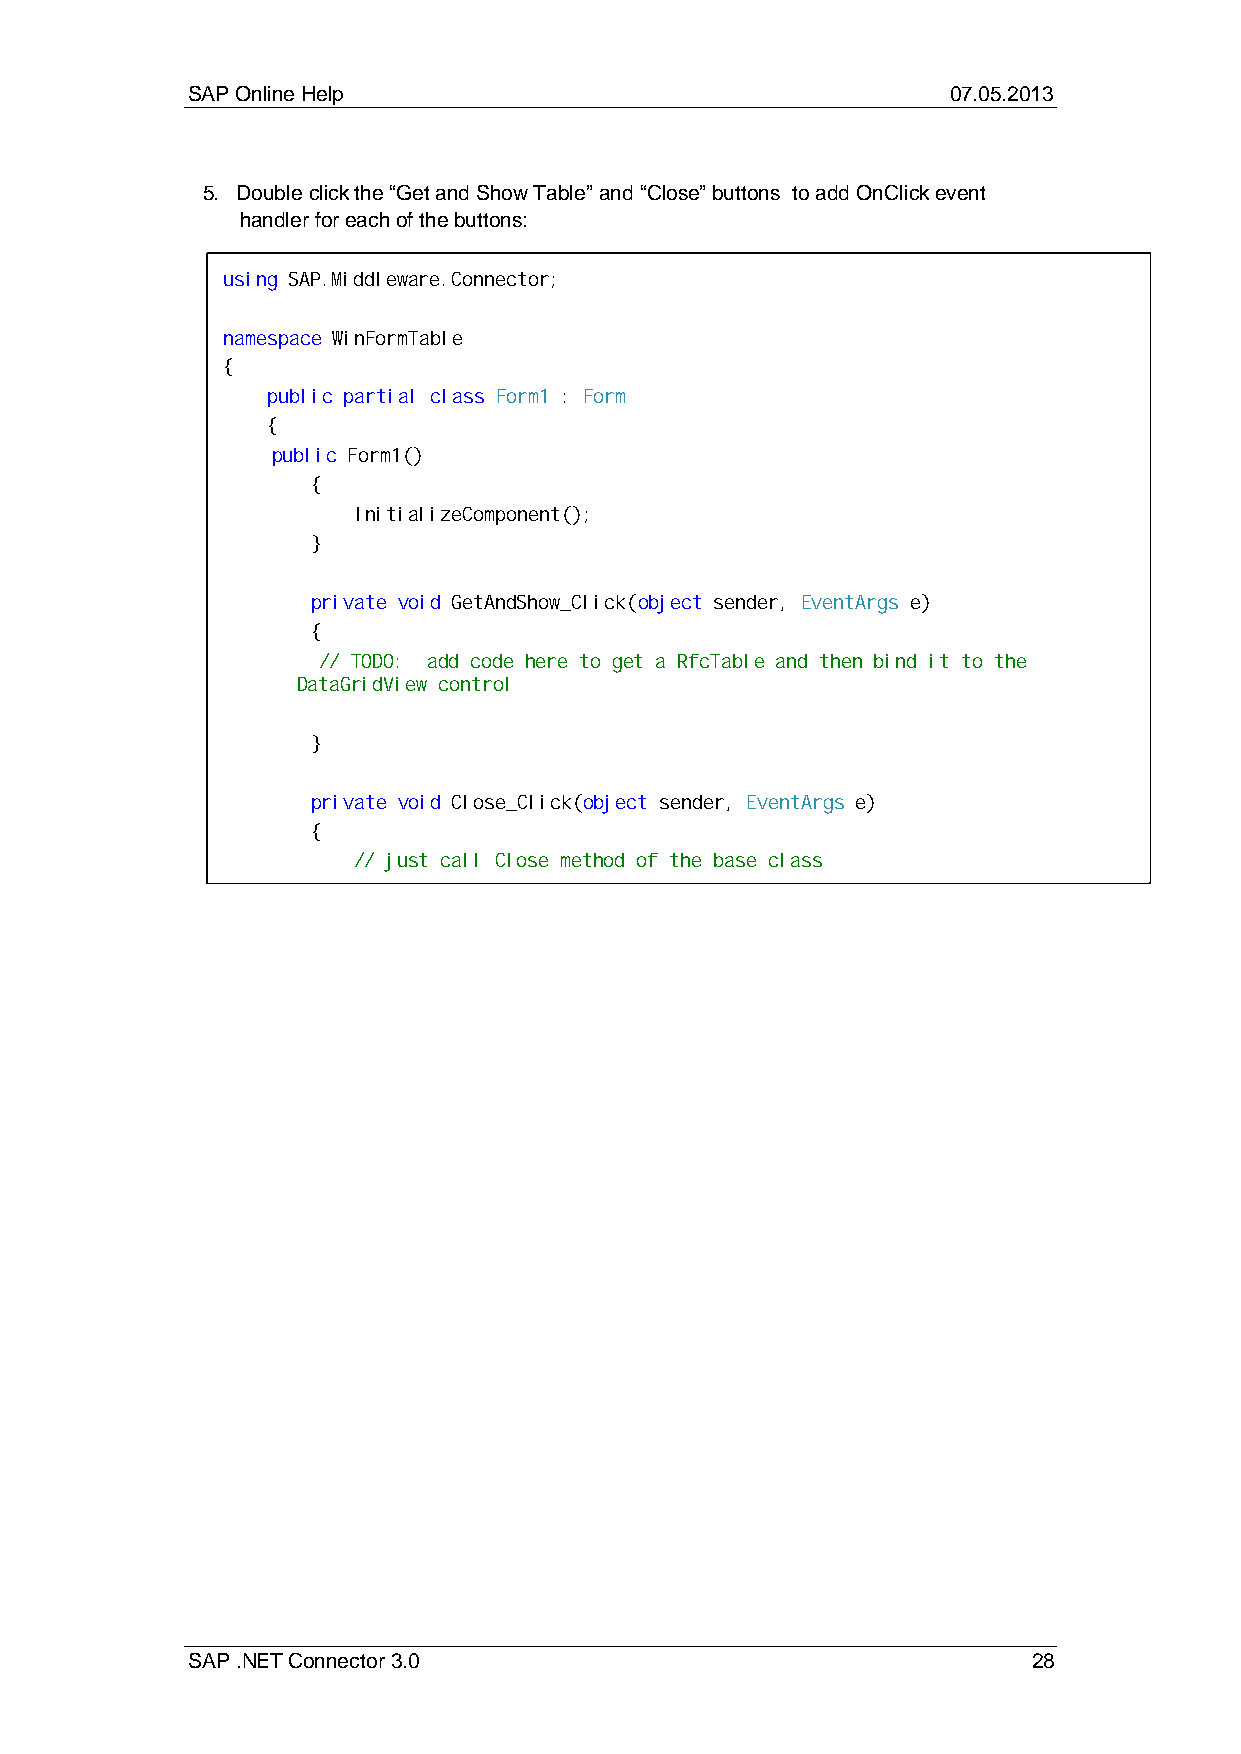
SAP Online Help                                    07.05.2013
 5. Double click the “Get and Show Table” and “Close” buttons to add OnClick event
 handler for each of the buttons:
 using SAP.Middleware.Connector;
 namespace WinFormTable
 {
 public partial class Form1 : Form
 {
 public Form1()
 {
 InitializeComponent();
 }
 private void GetAndShow_Click(object sender, EventArgs e)
 {
 // TODO: add code here to get a RfcTable and then bind it to the
 DataGridView control
 }
 private void Close_Click(object sender, EventArgs e)
 {
 // just call Close method of the base class
 SAP .NET Connector 3.0                                  28